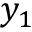
y _ { 1 }